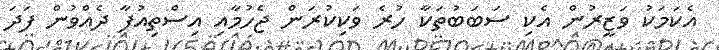
އެކަމަކު ވަޒީރުން އެކި ސަަބަބުތަކާ ހުރެ ވަކިކުރަން ޖެހުމާއި އިސްތިއުފާ ދެއްވުން ފަދަ